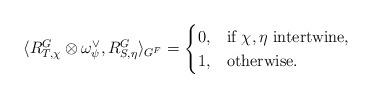
LaTeX: \begin{align*}\langle R^G_{T,\chi}\otimes \omega_\psi^\vee, R^G_{S,\eta}\rangle_{G^F} = \begin{cases}0, & \textrm{if }\chi, \eta \textrm{ intertwine,} \\1, & \textrm{otherwise.}\end{cases}\end{align*}